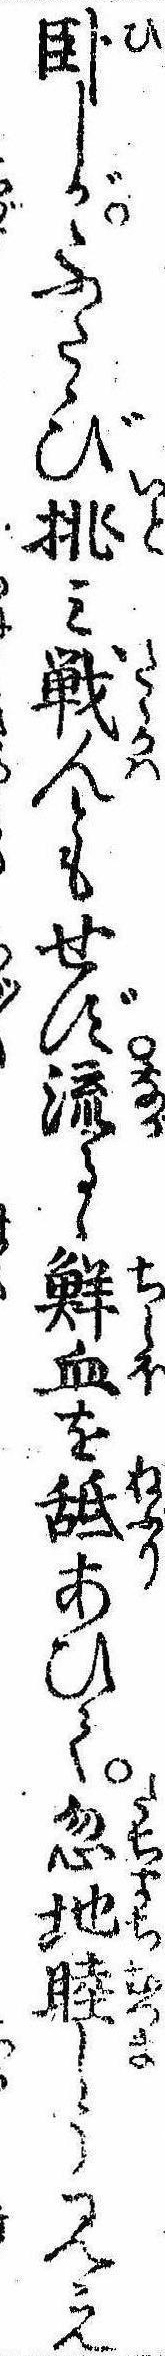
臥しがふたゝび挑み戦んともせず流るゝ鮮血を舐あひて忽地睦しう見え